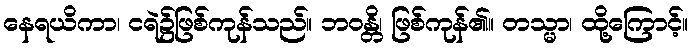
နေရယိကာ၊ ငရဲ၌ဖြစ်ကုန်သည်။ ဘဝန္တိ၊ ဖြစ်ကုန်၏။ တသ္မာ၊ ထို့ကြောင့်။